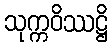
သုက္ကဝိဿဋ္ဌိ